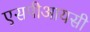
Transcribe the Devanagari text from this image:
एसपीआयसी